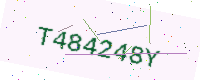
Text: T484248Y